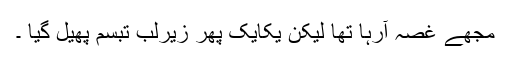
مجھے غصہ آرہا تھا لیکن یکایک پھر زیرلب تبسم پھیل گیا ۔